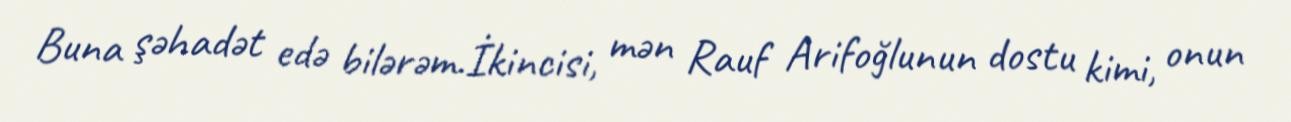
Buna şəhadət edə bilərəm.İkincisi, mən Rauf Arifoğlunun dostu kimi, onun